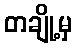
တချို့မှ